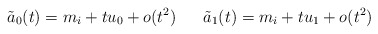
\begin{align*}\tilde{a}_0(t)=m_i+tu_0+o(t^2)\ \ \ \ \ \tilde{a}_1(t)=m_i+tu_1+o(t^2)\end{align*}